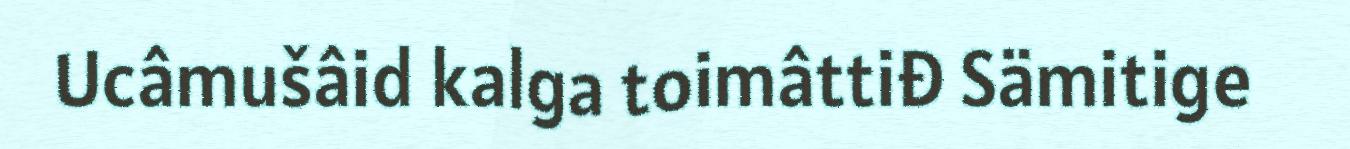
Ucâmušâid kalga toimâttiđ Sämitige